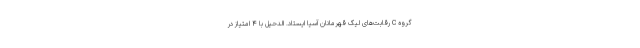
گروه C رقابت‌های لیگ قهرمانان آسیا ایستاد. الدحیل با ۴ امتیاز در